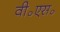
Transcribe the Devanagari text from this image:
वी॰एस॰